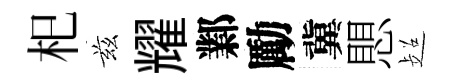
𣏌兹耀鄴勵冀愳超